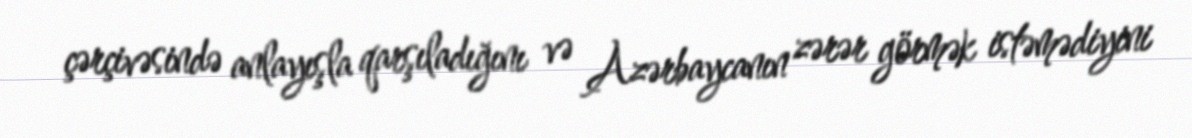
çərçivəsində anlayışla qarşıladığını və Azərbaycanın zərər görmək istəmədiyini